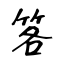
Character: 笿